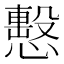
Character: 𢢞